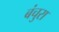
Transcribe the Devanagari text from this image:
बंचुरा